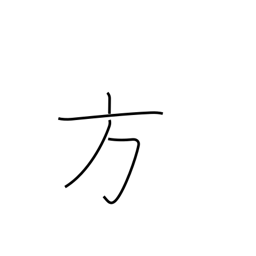
Meaning: alternative